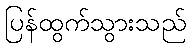
ပြန်ထွက်သွားသည်